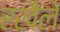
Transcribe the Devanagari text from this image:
रखैलें